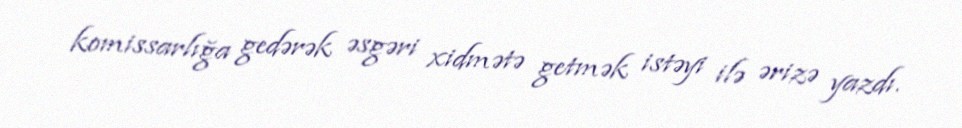
komissarlığa gedərək əsgəri xidmətə getmək istəyi ilə ərizə yazdı.